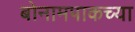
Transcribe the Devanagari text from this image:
बोनामपाकच्या